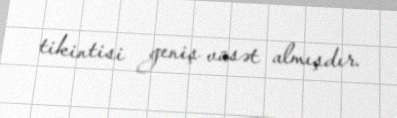
tikintisi geniş vüsət almışdır.